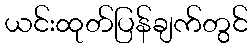
ယင်းထုတ်ပြန်ချက်တွင်